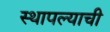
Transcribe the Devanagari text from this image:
स्थापल्याची